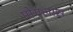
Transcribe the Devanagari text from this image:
मोगलास